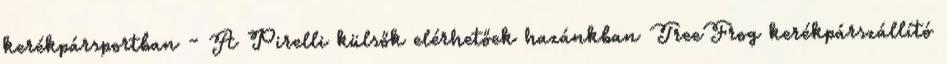
kerékpársportban - A Pirelli külsők elérhetőek hazánkban TreeFrog kerékpárszállító